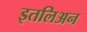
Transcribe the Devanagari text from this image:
इतलिअन